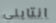
انتابني